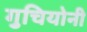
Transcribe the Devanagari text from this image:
गुचियोनी